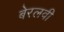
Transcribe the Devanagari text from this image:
बेरलवी